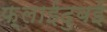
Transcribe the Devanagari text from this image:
फ़्लाईदुबई